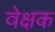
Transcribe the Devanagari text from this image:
वेक्षक